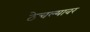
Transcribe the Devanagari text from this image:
ठेचल्यावर